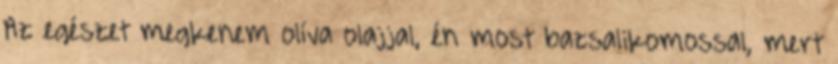
Az egészet megkenem olíva olajjal, én most bazsalikomossal, mert